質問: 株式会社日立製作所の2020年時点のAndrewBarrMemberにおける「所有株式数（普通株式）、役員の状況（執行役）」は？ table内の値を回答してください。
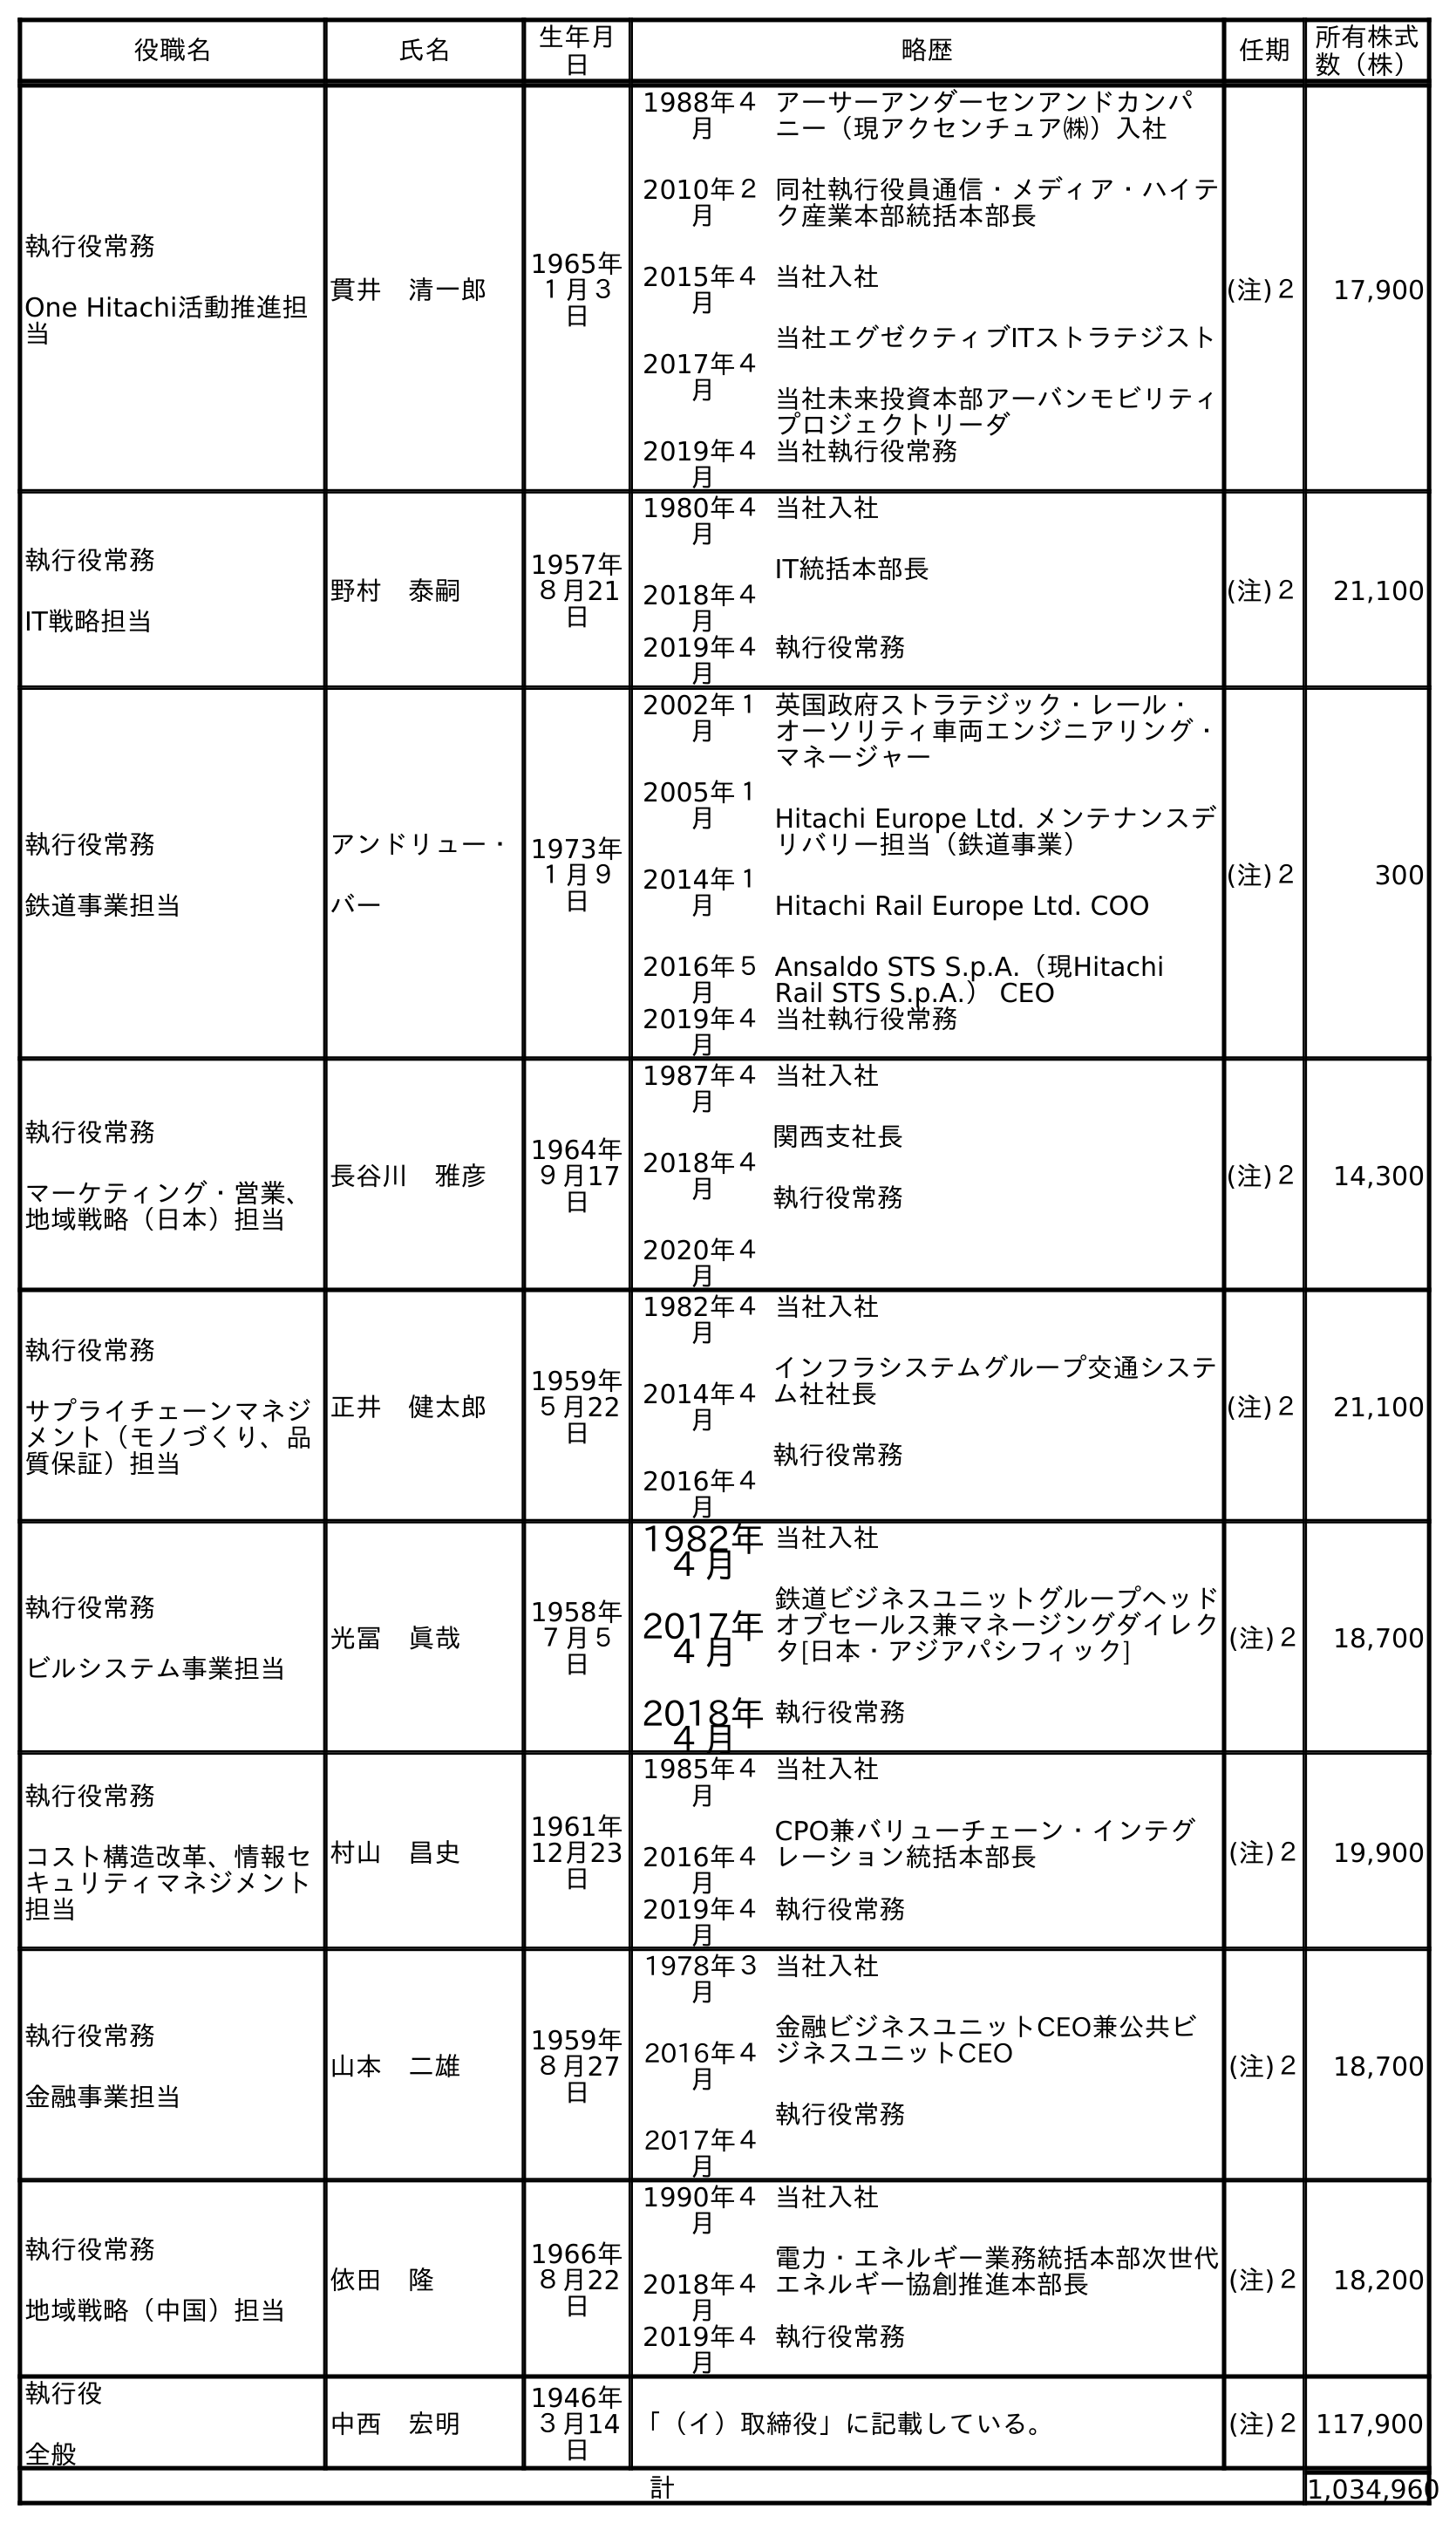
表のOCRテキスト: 役職名 氏名 生年月 日 略歴 任期 所有株式 数（株） 執行役常務 One Hitachi活動推進担 当 貫井 清一郎 1965年 １月３ 日 1988年４ 月 2010年２ 月 2015年４ 月 2017年４ 月 アーサーアンダーセンアンドカンパ ニー（現アクセンチュア㈱）入社 同社執行役員通信・メディア・ハイテ ク産業本部統括本部長 当社入社 当社エグゼクティブITストラテジスト 当社未来投資本部アーバンモビリティ プロジェクトリーダ 2019年４ 月 当社執行役常務 (注)２ 17,900 執行役常務 IT戦略担当 野村 泰嗣 1957年 ８月21 日 1980年４ 月 2018年４ 月 当社入社 IT統括本部長 2019年４ 月 執行役常務 (注)２ 21,100 執行役常務 鉄道事業担当 アンドリュー・ バー 1973年 １月９ 日 2002年１ 月 2005年１ 月 2014年１ 月 2016年５ 月 英国政府ストラテジック・レール・ オーソリティ車両エンジニアリング・ マネージャー Hitachi Europe Ltd. メンテナンスデ リバリー担当（鉄道事業） Hitachi Rail Europe Ltd. COO Ansaldo STS S.p.A.（現Hitachi Rail STS S.p.A.） CEO 2019年４ 月 当社執行役常務 (注)２ 300 執行役常務 マーケティング・営業、 地域戦略（日本）担当 長谷川 雅彦 1964年 ９月17 日 1987年４ 月 2018年４ 月 2020年４ 月 当社入社 関西支社長 執行役常務 (注)２ 14,300 執行役常務 サプライチェーンマネジ メント（モノづくり、品 質保証）担当 正井 健太郎 1959年 ５月22 日 1982年４ 月 2014年４ 月 2016年４ 月 当社入社 インフラシステムグループ交通システ ム社社長 執行役常務 (注)２ 21,100 執行役常務 ビルシステム事業担当 光冨 眞哉 1958年 ７月５ 日 1982年 ４月 2017年 ４月 2018年 ４月 当社入社 鉄道ビジネスユニットグループヘッド オブセールス兼マネージングダイレク タ[日本・アジアパシフィック] 執行役常務 (注)２ 18,700 執行役常務 コスト構造改革、情報セ キュリティマネジメント 担当 村山 昌史 1961年 12月23 日 1985年４ 月 2016年４ 月 当社入社 CPO兼バリューチェーン・インテグ レーション統括本部長 2019年４ 月 執行役常務 (注)２ 19,900 執行役常務 金融事業担当 山本 二雄 1959年 ８月27 日 1978年３ 月 2016年４ 月 2017年４ 月 当社入社 金融ビジネスユニットCEO兼公共ビ ジネスユニットCEO 執行役常務 (注)２ 18,700 執行役常務 地域戦略（中国）担当 依田 隆 1966年 ８月22 日 1990年４ 月 2018年４ 月 当社入社 電力・エネルギー業務統括本部次世代 エネルギー協創推進本部長 2019年４ 月 執行役常務 (注)２ 18,200 執行役 全般 中西 宏明 1946年 ３月14 日 「（イ）取締役」に記載している。 (注)２117,900 計 1,034,960
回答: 300